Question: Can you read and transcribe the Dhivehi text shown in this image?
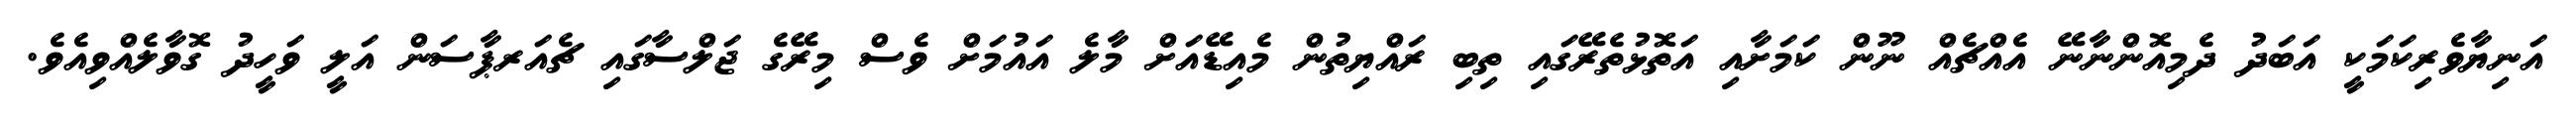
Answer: އަނިޔާވެރިކަމަކީ އަބަދު ދެމިއޮންނާނޭ އެއްޗެއް ނޫން ކަމަށާއި އަތޮޅުތެރޭގައި ތިބި ރައްޔިތުން މެއިޑޭއަށް މާލެ އައުމަށް ވެސް މިރޭގެ ޖަލްސާގައި ޗެއަރޕާސަން އަލީ ވަހީދު ގޮވާލެއްވިއެވެ.